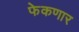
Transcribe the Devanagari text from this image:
फेकणार